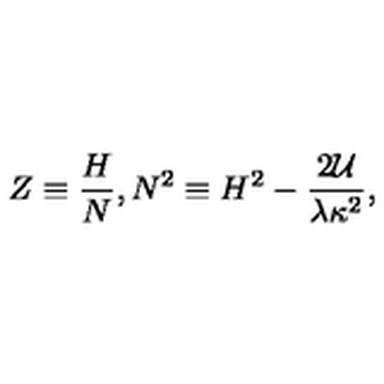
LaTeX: Z \equiv \frac { H } { N } , N ^ { 2 } \equiv H ^ { 2 } - \frac { 2 { \cal U } } { \lambda \kappa ^ { 2 } } ,